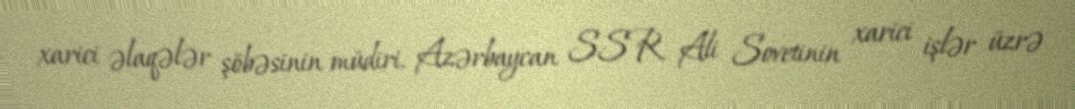
xarici əlaqələr şöbəsinin müdiri, Azərbaycan SSR Ali Sovetinin xarici işlər üzrə